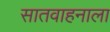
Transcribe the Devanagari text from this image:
सातवाहनाला